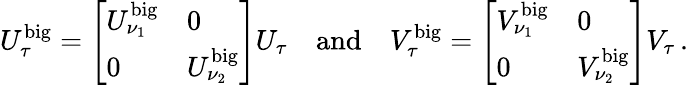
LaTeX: U_{\tau}^{\mathrm{big}}=\left[\begin{array}{ll}{U_{\nu_{1}}^{\mathrm{big}}}&{0}\\ {0}&{U_{\nu_{2}}^{\mathrm{big}}}\end{array}\right]U_{\tau}\quad\textrm{and}\quad V_{\tau}^{\mathrm{big}}=\left[\begin{array}{ll}{V_{\nu_{1}}^{\mathrm{big}}}&{0}\\ {0}&{V_{\nu_{2}}^{\mathrm{big}}}\end{array}\right]V_{\tau}\, .